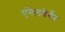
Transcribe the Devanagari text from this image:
एंगेलबेर्गेर